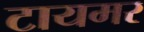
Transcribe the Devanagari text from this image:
टायमर